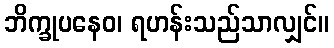
ဘိက္ခုပနေဝ၊ ရဟန်းသည်သာလျှင်။